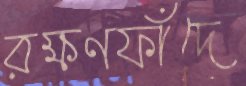
রক্ষণফাঁদে